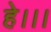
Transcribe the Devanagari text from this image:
हे।।।